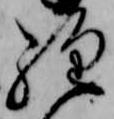
経